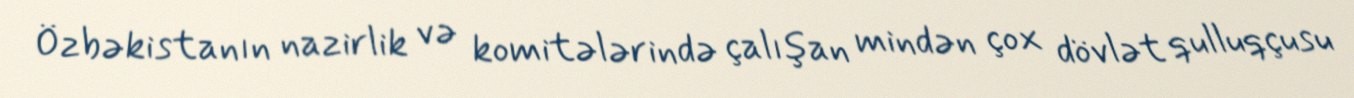
Özbəkistanın nazirlik və komitələrində çalışan mindən çox dövlət qulluqçusu